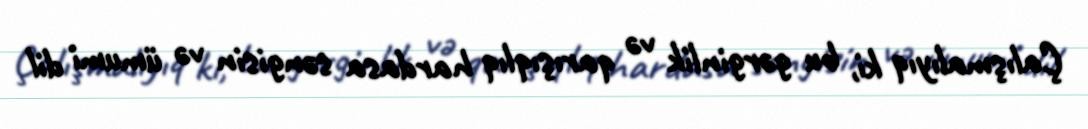
Çalışmalıyıq ki, bu gərginlik və qarışıqlıq hardasa səngisin və ümumi dil